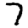
Digit: 7